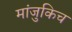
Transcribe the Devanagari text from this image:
मांजुकिच